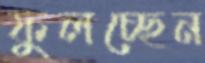
ফুলচ্ছেন